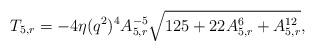
LaTeX: \begin{align*}T_{5,r}=-4\eta(q^2)^4A_{5,r}^{-5}\sqrt{125+22 A_{5,r}^{6}+A_{5,r}^{12}},\end{align*}